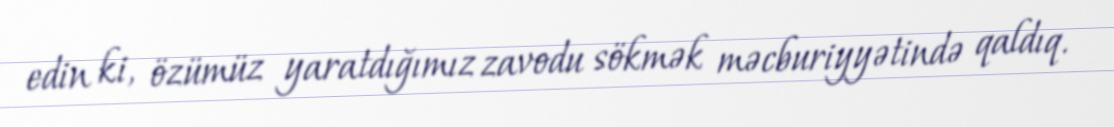
edin ki, özümüz yaratdığımız zavodu sökmək məcburiyyətində qaldıq.